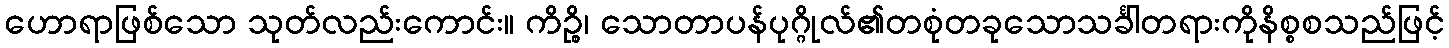
ဟောရာဖြစ်သော သုတ်လည်းကောင်း။ ကိဉ္စိ၊ သောတာပန်ပုဂ္ဂိုလ်၏တစုံတခုသောသင်္ခါတရားကိုနိစ္စစသည်ဖြင့်